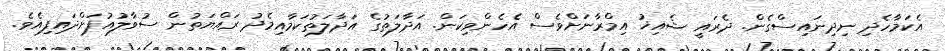
އެކަމާހެދި ނިދިނައިސްގެން. ދެރައީ ޝެއިޚު އިމްރާނަށްވެސް އެހެންވިކަން. އަދާލަތުގެ އަދާލަތުކަމާއިމެދު ރައްޔަތުން ސުވާލުއުފަށްދައިފިއެވެ.